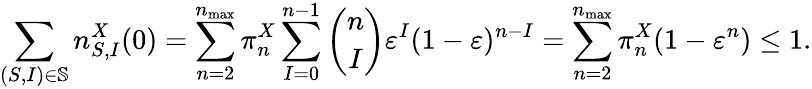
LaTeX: \sum_{(S,I)\in\mathbb{S}}n_{S,I}^{X}(0)=\sum_{n=2}^{n_{\operatorname*{max}}}\pi_{n}^{X}\sum_{I=0}^{n-1}\binom{n}{I}\varepsilon^{I}(1-\varepsilon)^{n-I}=\sum_{n=2}^{n_{\operatorname*{max}}}\pi_{n}^{X}(1-\varepsilon^{n})\leq 1.